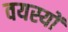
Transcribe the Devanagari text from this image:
वयस्यों